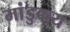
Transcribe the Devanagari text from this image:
मांडुकय